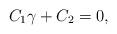
LaTeX: \begin{align*} C_1\gamma+C_2=0,\end{align*}